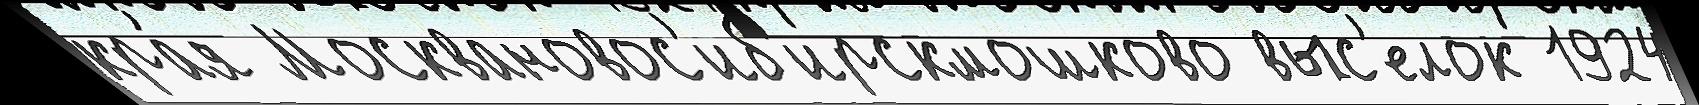
кра́я Москвановос'иб'ирскмошково выс'елок 1924